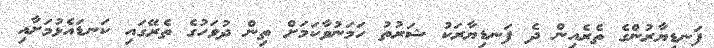
ފަނޑިޔާރުންގެ ތެރެއިން ދެ ފަނޑިޔާރަކު ޝަރުތު ހަމަނުވާކަމަށް ތިން ދުވަހުގެ ތެރޭގައި ކަނޑައެޅުމަށާއި